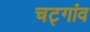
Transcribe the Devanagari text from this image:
चट्गांव